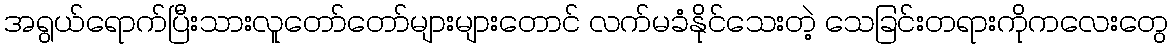
အရွယ်ရောက်ပြီးသားလူတော်တော်များများတောင် လက်မခံနိုင်သေးတဲ့ သေခြင်းတရားကိုကလေးတွေ